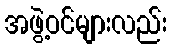
အဖွဲ့ဝင်များလည်း